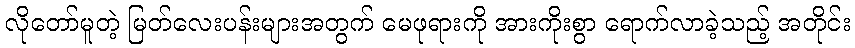
လိုတော်မူတဲ့ မြတ်လေးပန်းများအတွက် မေဖုရားကို အားကိုးစွာ ရောက်လာခဲ့သည့် အတိုင်း